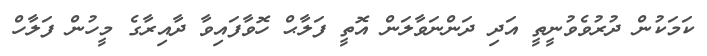
ކަމަކުން ދުރުވެވުނީތީ އަދި ދަންނަވާލަން އޮތީ ފަލާޙް ހޮވާފައިވާ ދާއިރާގެ މީހުން ފަލާހް